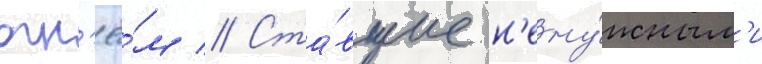
огн'ё́м // Ста́вшие н'ену́жным'и